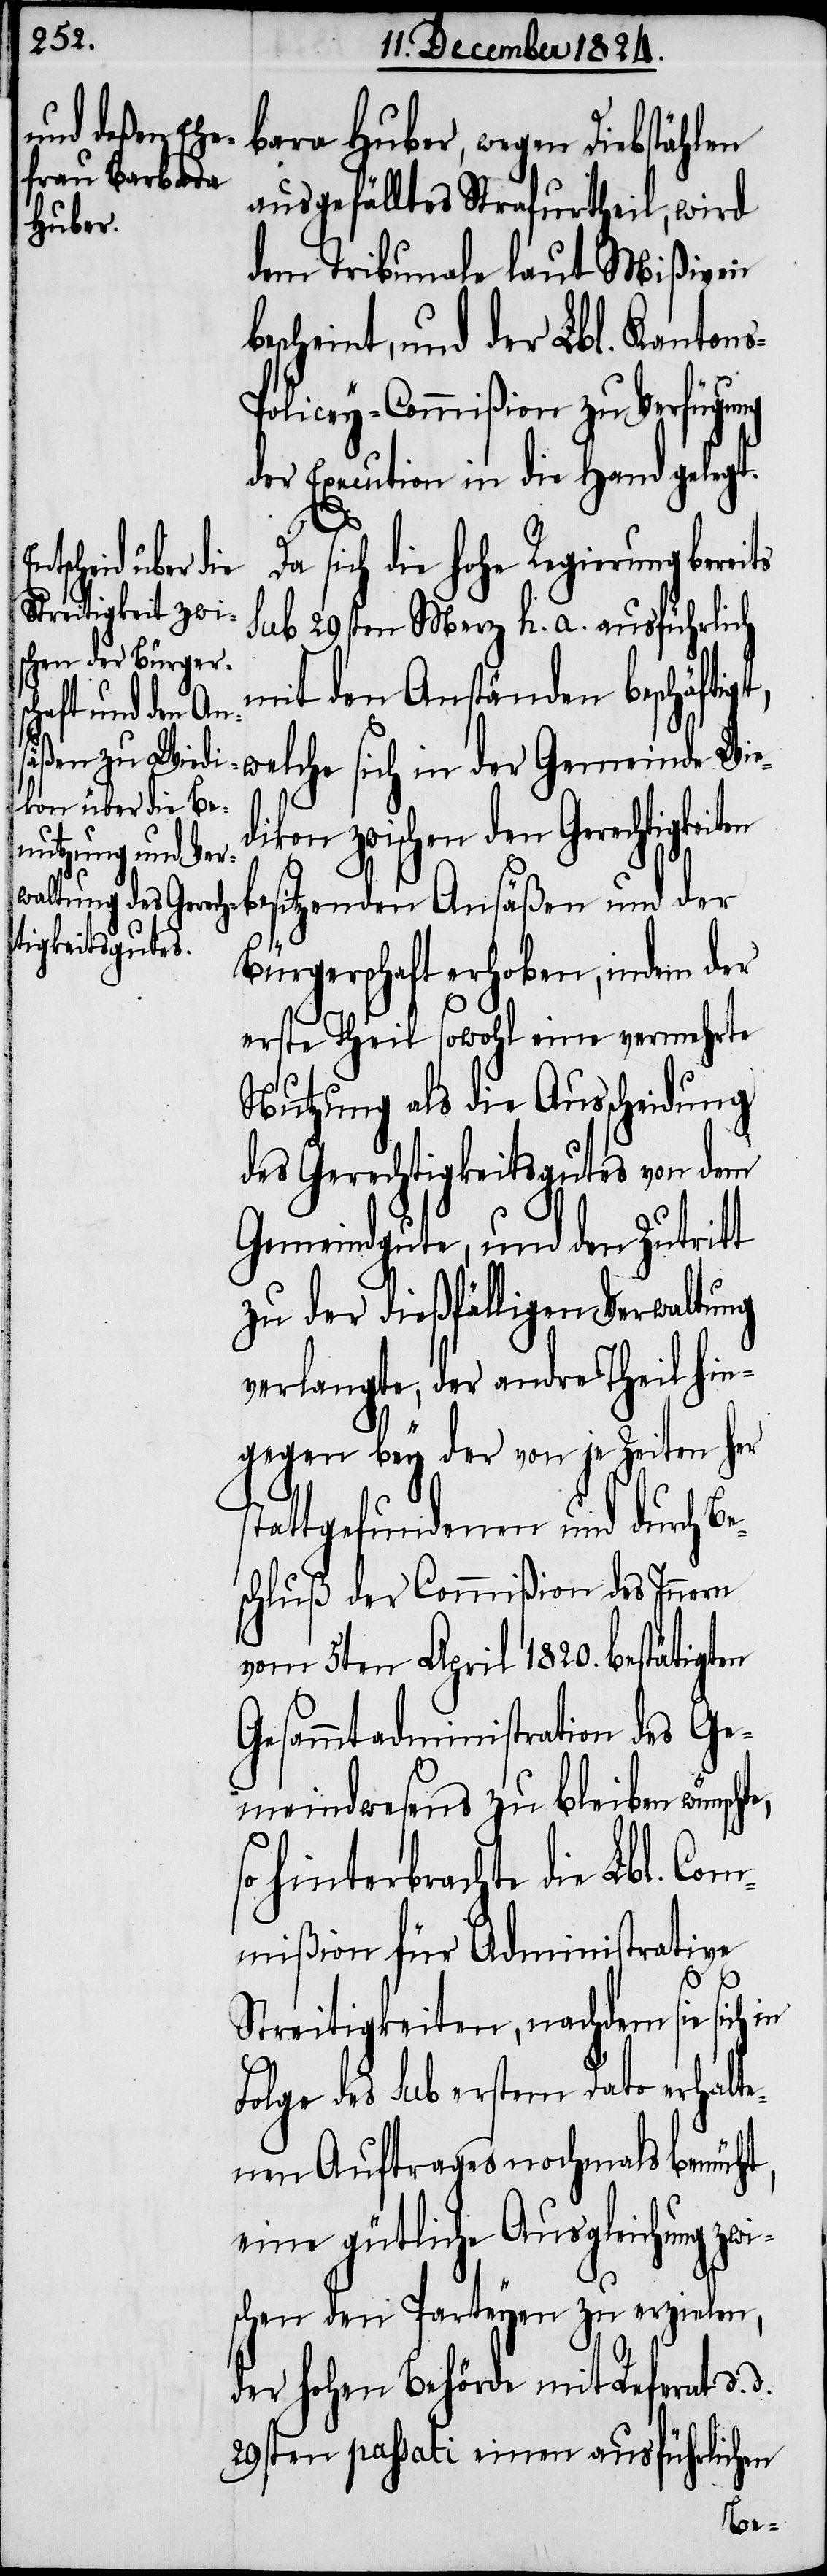
sich die hohe Regierung bere¬
sub 29sten Merz h. a. ausführlich
mit den Anständen beschäft¬
igt, welche sich in der Gemeinde Wie¬
dikon zwischen den Gerechtigkeit¬
besitzenden Ansäßen und der
Bürgerschaft erhoben, indem der
erste Theil sowohl eine vermehrte
Nutzung als die Ausscheidung
des Gerechtigkeitsgutes von dem
Gemeindgute, und den Zutritt
zu der dießfälligen Verwaltung
verlangte, der andre Theil hin¬
gegen bey der von je Zeiten her
stattgefundenen und durch Be¬
schluß der Commißion des Innern
vom 5ten April 1820. bestätigten
Gesammtadministration des Ge¬
meindwesens zu bleiben wünsch¬
hinterbrachte die Lbl. Com¬
mißion für Administrative
in
sich
Streitigkeiten, nachdem sie
Folge des sub erstem Dato erhalte¬
nen Auftrages nochmals bemüht,
eine gütliche Ausgleichung zwi¬
schen den Parteyen zu erzielen,
der hohen Behörde mit Referat d.
29sten passati einen ausführlichen